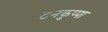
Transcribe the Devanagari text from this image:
टनकुप्पा